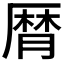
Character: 𠪠